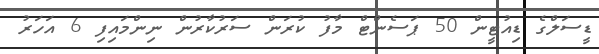
ޑީސަލްގެ ޑިއުޓީން 50 ޕަސެންޓް މާފު ކުރަން ސަރުކާރުން ނިންމައިފި 6 އަހަރު